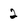
Character: 2